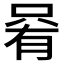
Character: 𫪩